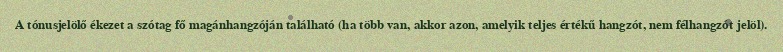
A tónusjelölő ékezet a szótag fő magánhangzóján található (ha több van, akkor azon, amelyik teljes értékű hangzót, nem félhangzót jelöl).